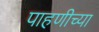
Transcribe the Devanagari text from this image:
पाहणीच्या